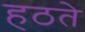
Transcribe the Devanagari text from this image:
हठते